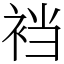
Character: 裆